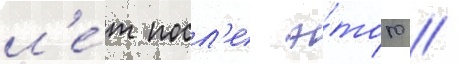
л'е́т посл'е э́того //